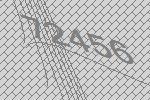
72456